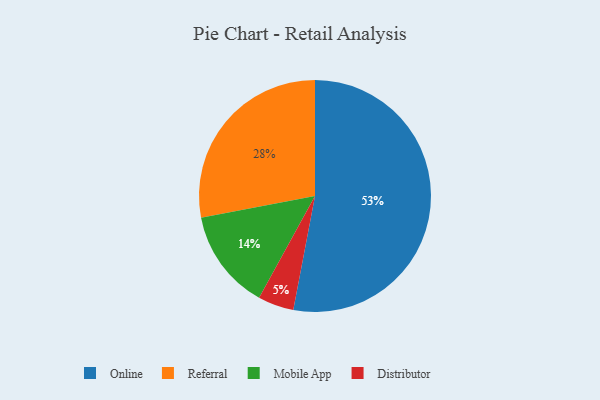
{"axis": {"x": "Category", "y": "Percentage"}, "legend": ["Distributor", "Mobile App", "Online", "Referral"], "data": [{"x": "Online", "y": 53, "type": "Online"}, {"x": "Referral", "y": 28, "type": "Referral"}, {"x": "Mobile App", "y": 14, "type": "Mobile App"}, {"x": "Distributor", "y": 5, "type": "Distributor"}]}